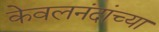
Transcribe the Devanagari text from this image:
केवलनंदांच्या